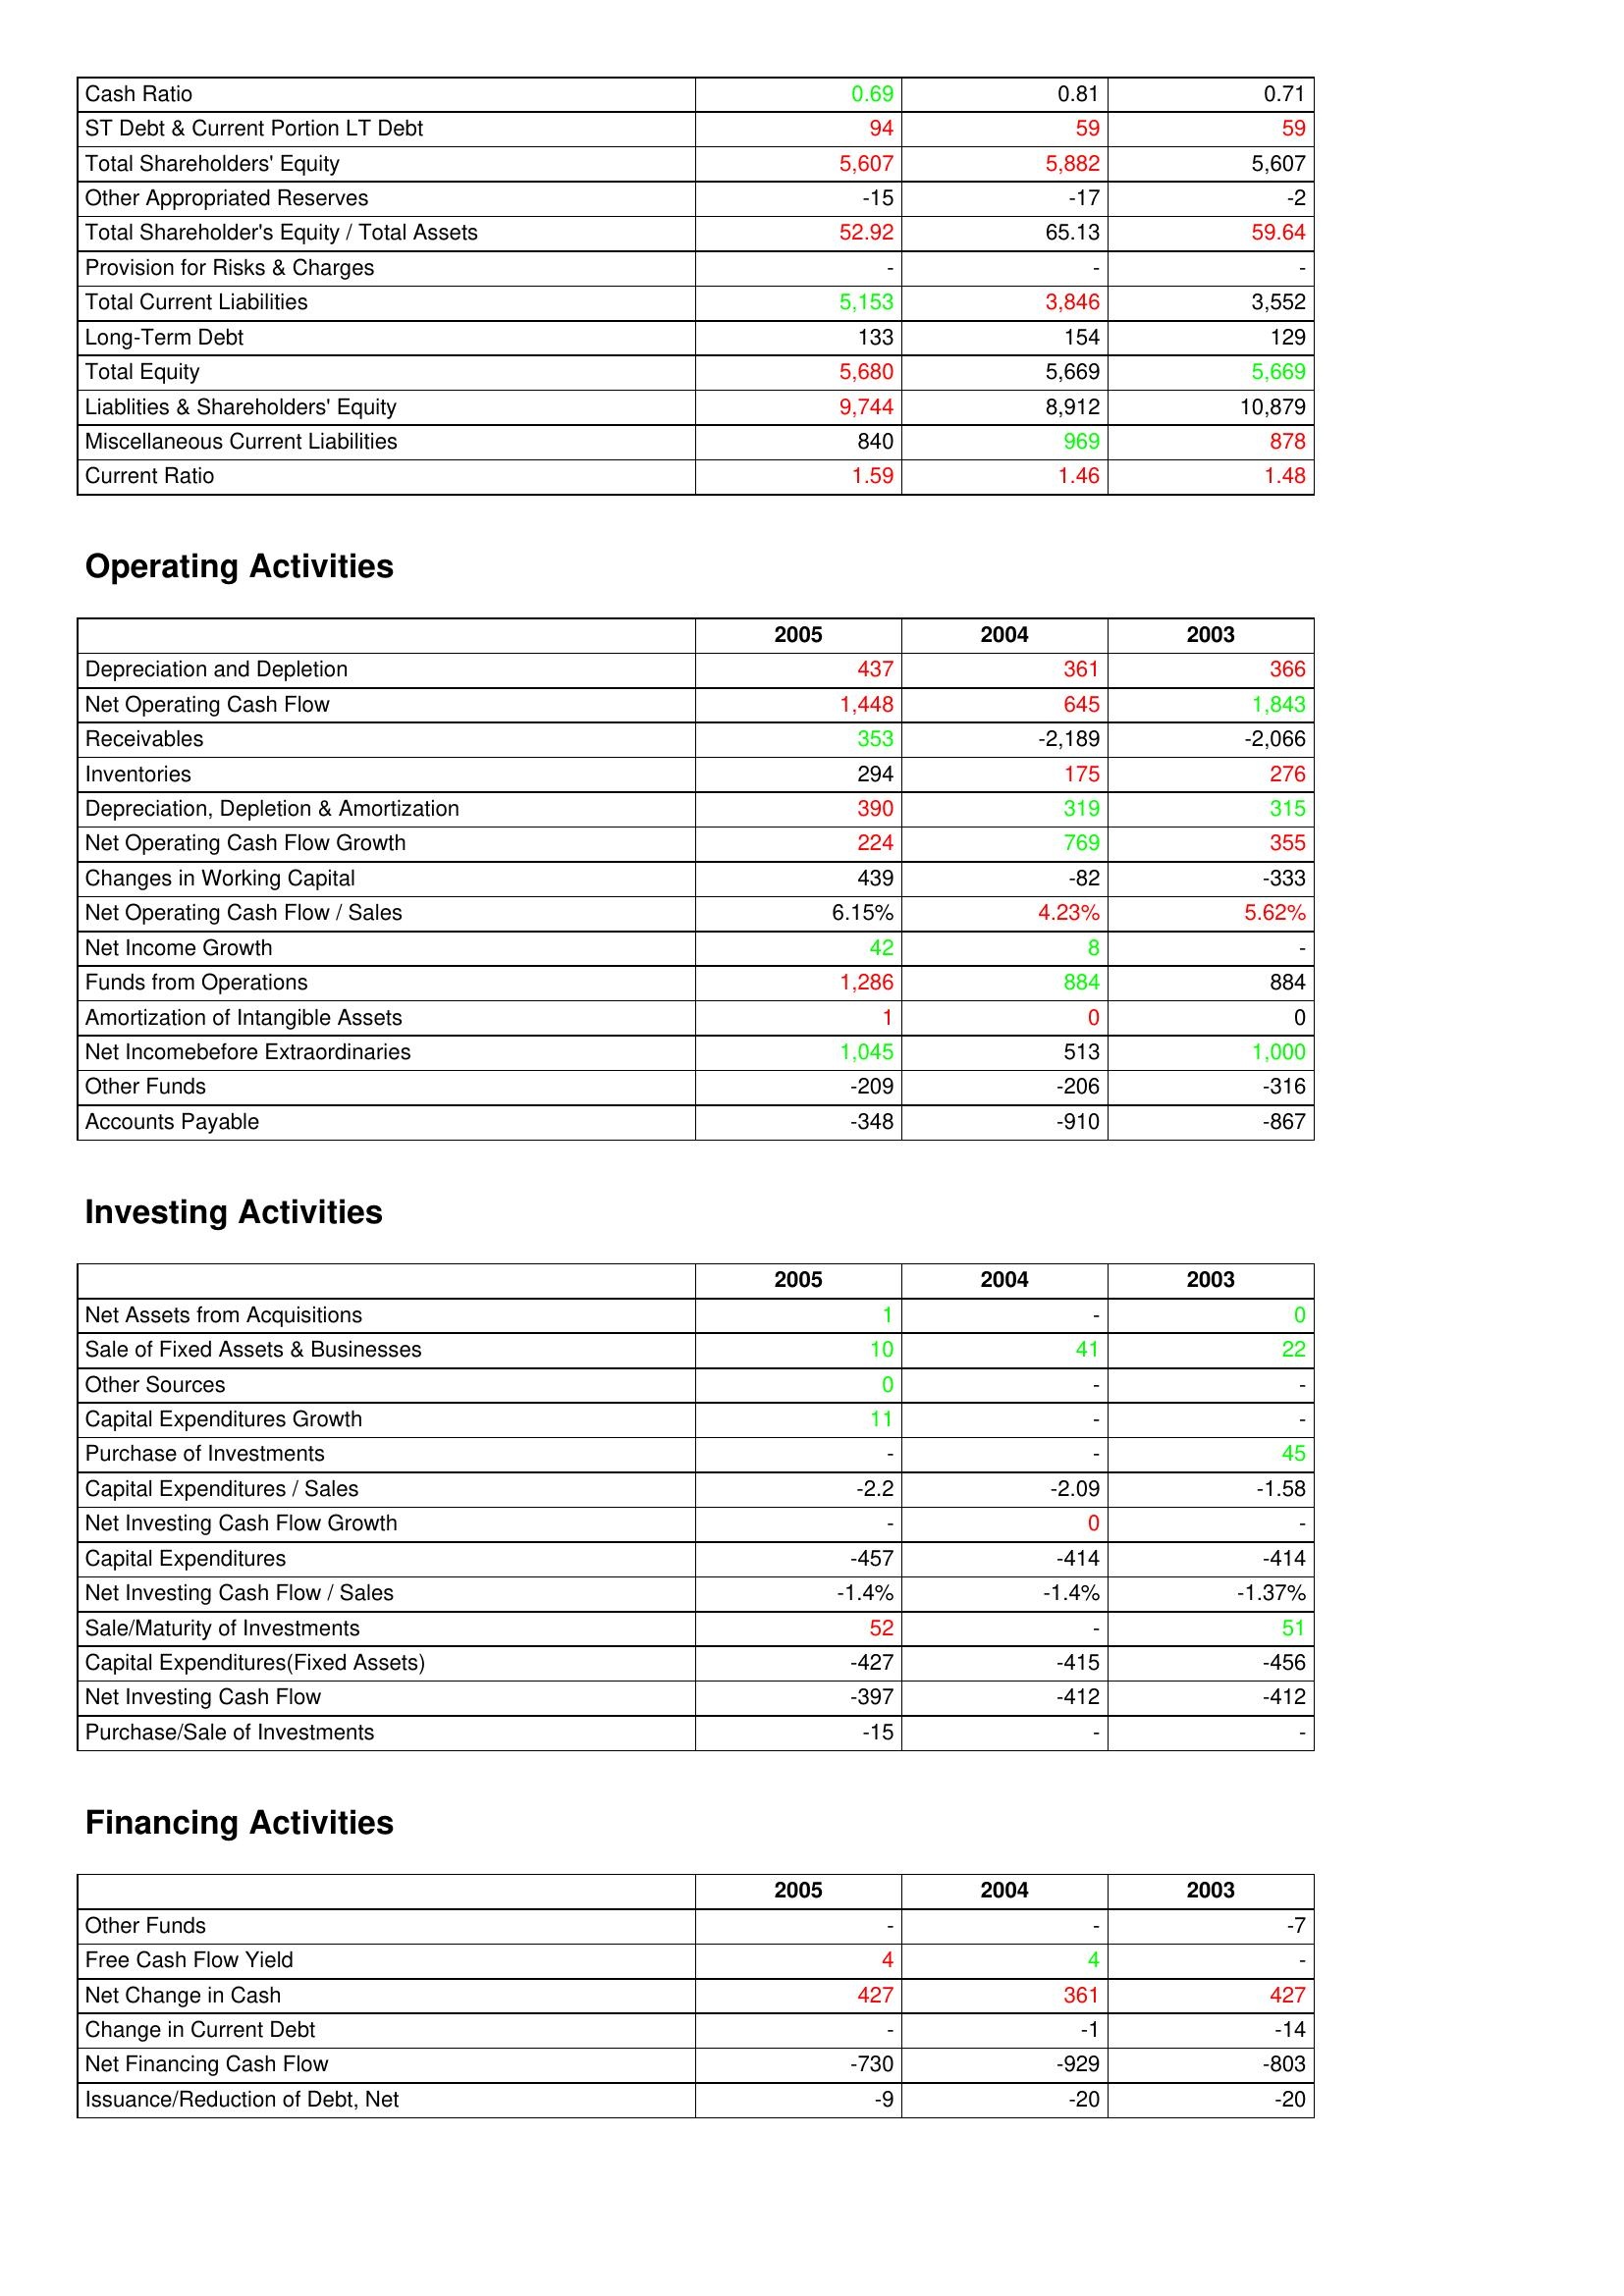
gt_parse: 2005: Liabilities & Shareholder's Equity: Cash Ratio: 0.69
ST Debt & Current Portion LT Debt: 94
Total Shareholders' Equity: 5,607
Other Appropriated Reserves: -15
Total Shareholder's Equity / Total Assets: 52.92
Provision for Risks & Charges: -
Total Current Liabilities: 5,153
Long-Term Debt: 133
Total Equity: 5,680
Liablities & Shareholders' Equity: 9,744
Miscellaneous Current Liabilities: 840
Current Ratio: 1.59
Operating Activities: Depreciation and Depletion: 437
Net Operating Cash Flow: 1,448
Receivables: 353
Inventories: 294
Depreciation, Depletion & Amortization: 390
Net Operating Cash Flow Growth: 224
Changes in Working Capital: 439
Net Operating Cash Flow / Sales: 6.15%
Net Income Growth: 42
Funds from Operations: 1,286
Amortization of Intangible Assets: 1
Net Incomebefore Extraordinaries: 1,045
Other Funds: -209
Accounts Payable: -348
Investing Activities: Net Assets from Acquisitions: 1
Sale of Fixed Assets & Businesses: 10
Other Sources: 0
Capital Expenditures Growth: 11
Purchase of Investments: -
Capital Expenditures / Sales: -2.2
Net Investing Cash Flow Growth: -
Capital Expenditures: -457
Net Investing Cash Flow / Sales: -1.4%
Sale/Maturity of Investments: 52
Capital Expenditures(Fixed Assets): -427
Net Investing Cash Flow: -397
Purchase/Sale of Investments: -15
Financing Activities: Other Funds: -
Free Cash Flow Yield: 4
Net Change in Cash: 427
Change in Current Debt: -
Net Financing Cash Flow: -730
Issuance/Reduction of Debt, Net: -9
2004: Liabilities & Shareholder's Equity: Cash Ratio: 0.81
ST Debt & Current Portion LT Debt: 59
Total Shareholders' Equity: 5,882
Other Appropriated Reserves: -17
Total Shareholder's Equity / Total Assets: 65.13
Provision for Risks & Charges: -
Total Current Liabilities: 3,846
Long-Term Debt: 154
Total Equity: 5,669
Liablities & Shareholders' Equity: 8,912
Miscellaneous Current Liabilities: 969
Current Ratio: 1.46
Operating Activities: Depreciation and Depletion: 361
Net Operating Cash Flow: 645
Receivables: -2,189
Inventories: 175
Depreciation, Depletion & Amortization: 319
Net Operating Cash Flow Growth: 769
Changes in Working Capital: -82
Net Operating Cash Flow / Sales: 4.23%
Net Income Growth: 8
Funds from Operations: 884
Amortization of Intangible Assets: 0
Net Incomebefore Extraordinaries: 513
Other Funds: -206
Accounts Payable: -910
Investing Activities: Net Assets from Acquisitions: -
Sale of Fixed Assets & Businesses: 41
Other Sources: -
Capital Expenditures Growth: -
Purchase of Investments: -
Capital Expenditures / Sales: -2.09
Net Investing Cash Flow Growth: 0
Capital Expenditures: -414
Net Investing Cash Flow / Sales: -1.4%
Sale/Maturity of Investments: -
Capital Expenditures(Fixed Assets): -415
Net Investing Cash Flow: -412
Purchase/Sale of Investments: -
Financing Activities: Other Funds: -
Free Cash Flow Yield: 4
Net Change in Cash: 361
Change in Current Debt: -1
Net Financing Cash Flow: -929
Issuance/Reduction of Debt, Net: -20
2003: Liabilities & Shareholder's Equity: Cash Ratio: 0.71
ST Debt & Current Portion LT Debt: 59
Total Shareholders' Equity: 5,607
Other Appropriated Reserves: -2
Total Shareholder's Equity / Total Assets: 59.64
Provision for Risks & Charges: -
Total Current Liabilities: 3,552
Long-Term Debt: 129
Total Equity: 5,669
Liablities & Shareholders' Equity: 10,879
Miscellaneous Current Liabilities: 878
Current Ratio: 1.48
Operating Activities: Depreciation and Depletion: 366
Net Operating Cash Flow: 1,843
Receivables: -2,066
Inventories: 276
Depreciation, Depletion & Amortization: 315
Net Operating Cash Flow Growth: 355
Changes in Working Capital: -333
Net Operating Cash Flow / Sales: 5.62%
Net Income Growth: -
Funds from Operations: 884
Amortization of Intangible Assets: 0
Net Incomebefore Extraordinaries: 1,000
Other Funds: -316
Accounts Payable: -867
Investing Activities: Net Assets from Acquisitions: 0
Sale of Fixed Assets & Businesses: 22
Other Sources: -
Capital Expenditures Growth: -
Purchase of Investments: 45
Capital Expenditures / Sales: -1.58
Net Investing Cash Flow Growth: -
Capital Expenditures: -414
Net Investing Cash Flow / Sales: -1.37%
Sale/Maturity of Investments: 51
Capital Expenditures(Fixed Assets): -456
Net Investing Cash Flow: -412
Purchase/Sale of Investments: -
Financing Activities: Other Funds: -7
Free Cash Flow Yield: -
Net Change in Cash: 427
Change in Current Debt: -14
Net Financing Cash Flow: -803
Issuance/Reduction of Debt, Net: -20